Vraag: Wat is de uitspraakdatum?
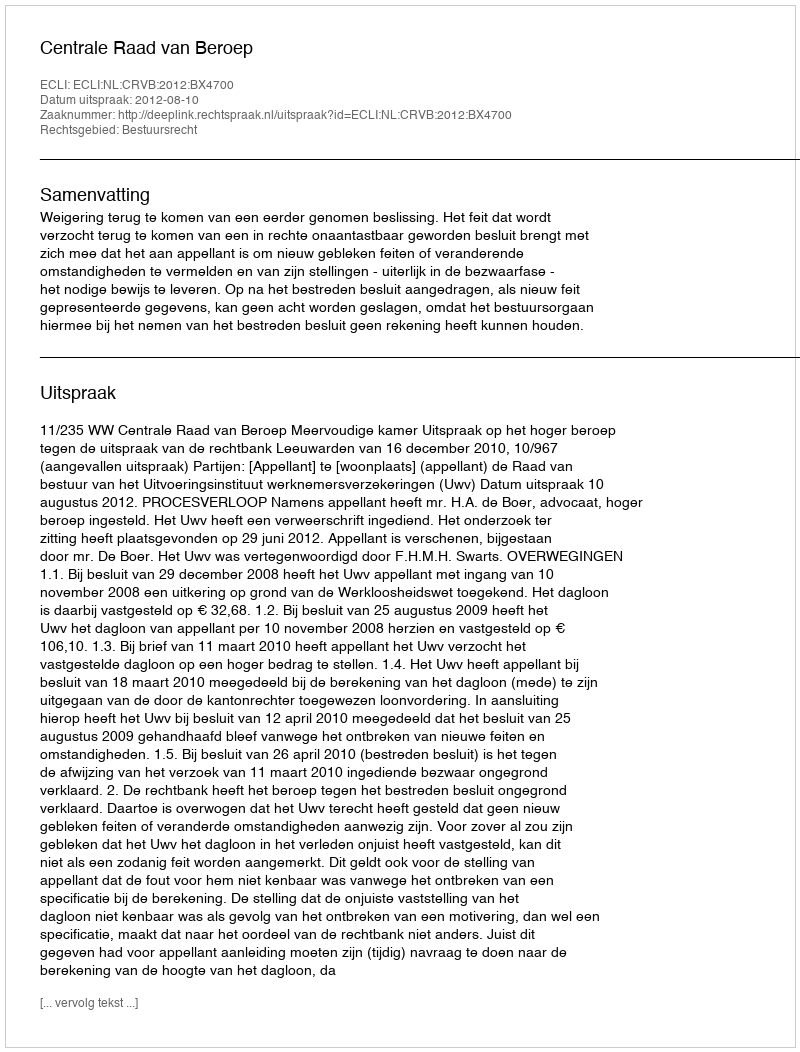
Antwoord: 2012-08-10